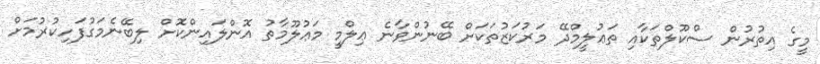
މީގެ އިތުރުން ސްކޫލްތަކާއި ތަޢުލީމްދޭ މަރުކަޒުތަކަށް ބޭނުންވާނެ ޢިލްމީ މަޢުލޫމާތު އޮންލައިންކޮށް ލިބޭނެމަގުފަހިކުރުމަށް